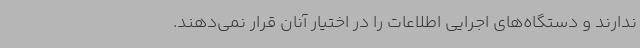
ندارند و دستگاه‌های اجرایی اطلاعات را در اختیار آنان قرار نمی‌دهند.